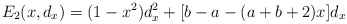
\begin{align*}E_2 (x, d_x) = (1-x^2)d_x^2 + [b-a- (a+b+2)x] d_x\end{align*}